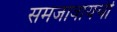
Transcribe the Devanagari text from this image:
समजावायची